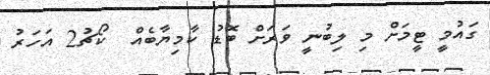
ގައުމީ ޓީމަށް މި ލިބުނީ ވަރަށް ބޮޑު ކާމިޔާބެއް  ކޯޗު2 އަހަރު